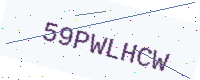
Text: 59PWLHCW